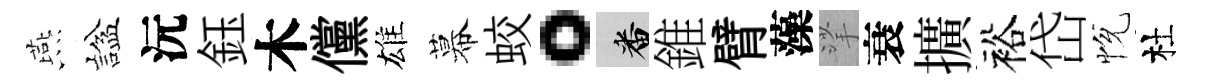
燕諡沅鈺木儻雄幕蛟。番錐臂藻挲衰擴裕岱恱杜